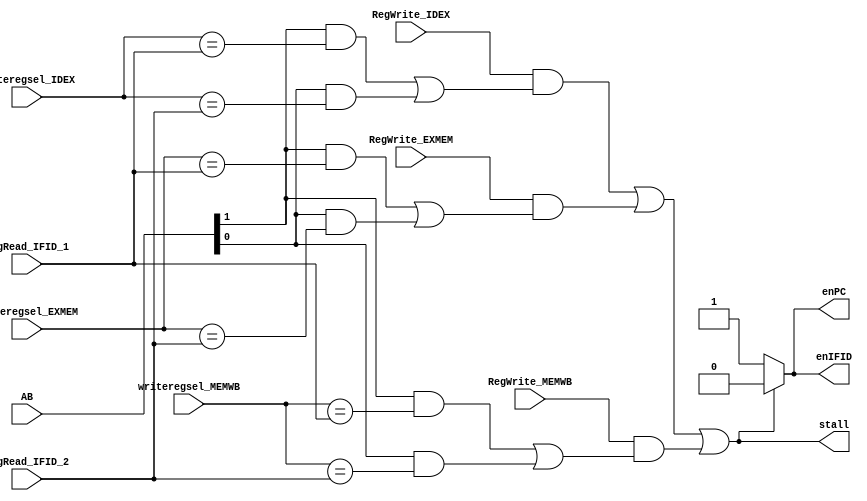
module hazard(AB, writeregsel_IDEX, writeregsel_EXMEM, writeregsel_MEMWB, RegRead_IFID_1, RegRead_IFID_2, RegWrite_IDEX, RegWrite_EXMEM, RegWrite_MEMWB, stall, enPC, enIFID);

   input [4:0] AB;
   input [2:0] writeregsel_IDEX, writeregsel_EXMEM, writeregsel_MEMWB;
   input [2:0] RegRead_IFID_1, RegRead_IFID_2;
   input RegWrite_IDEX, RegWrite_EXMEM, RegWrite_MEMWB;

   output stall;
   output enPC;
   output enIFID;

   wire hazard1, hazard2, hazard3, hazard4, hazard5, hazard6;
   wire stall1, stall2, stall3;

   // Stall between IFID and IDEX
   assign hazard1 = AB[1] & (writeregsel_IDEX == RegRead_IFID_1);
   assign hazard2 = AB[0] & (writeregsel_IDEX == RegRead_IFID_2);
   assign stall1 = RegWrite_IDEX & (hazard1 | hazard2);

   // Stall between IFID and EXMEM
   assign hazard3 = AB[1] & (writeregsel_EXMEM == RegRead_IFID_1);
   assign hazard4 = AB[0] & (writeregsel_EXMEM == RegRead_IFID_2);
   assign stall2 = RegWrite_EXMEM & (hazard3 | hazard4);

   // Stall between IFID and MEMWB
   assign hazard5 = AB[1] & (writeregsel_MEMWB == RegRead_IFID_1);
   assign hazard6 = AB[0] & (writeregsel_MEMWB == RegRead_IFID_2);
   assign stall3 = RegWrite_MEMWB & (hazard5 | hazard6);

   assign stall = stall1 | stall2 | stall3;
   assign enPC = (stall) ? 1'b0 : 1'b1;
   assign enIFID = (stall) ? 1'b0 : 1'b1;

endmodule